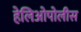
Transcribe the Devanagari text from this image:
हेलिओपोलीस